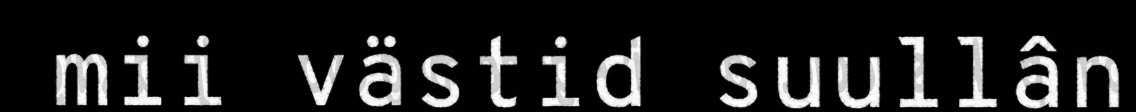
mii västid suullân